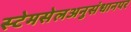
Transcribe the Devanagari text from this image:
स्टेमसेलअनुसंधानपर